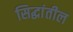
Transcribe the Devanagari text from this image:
सिद्धांतील